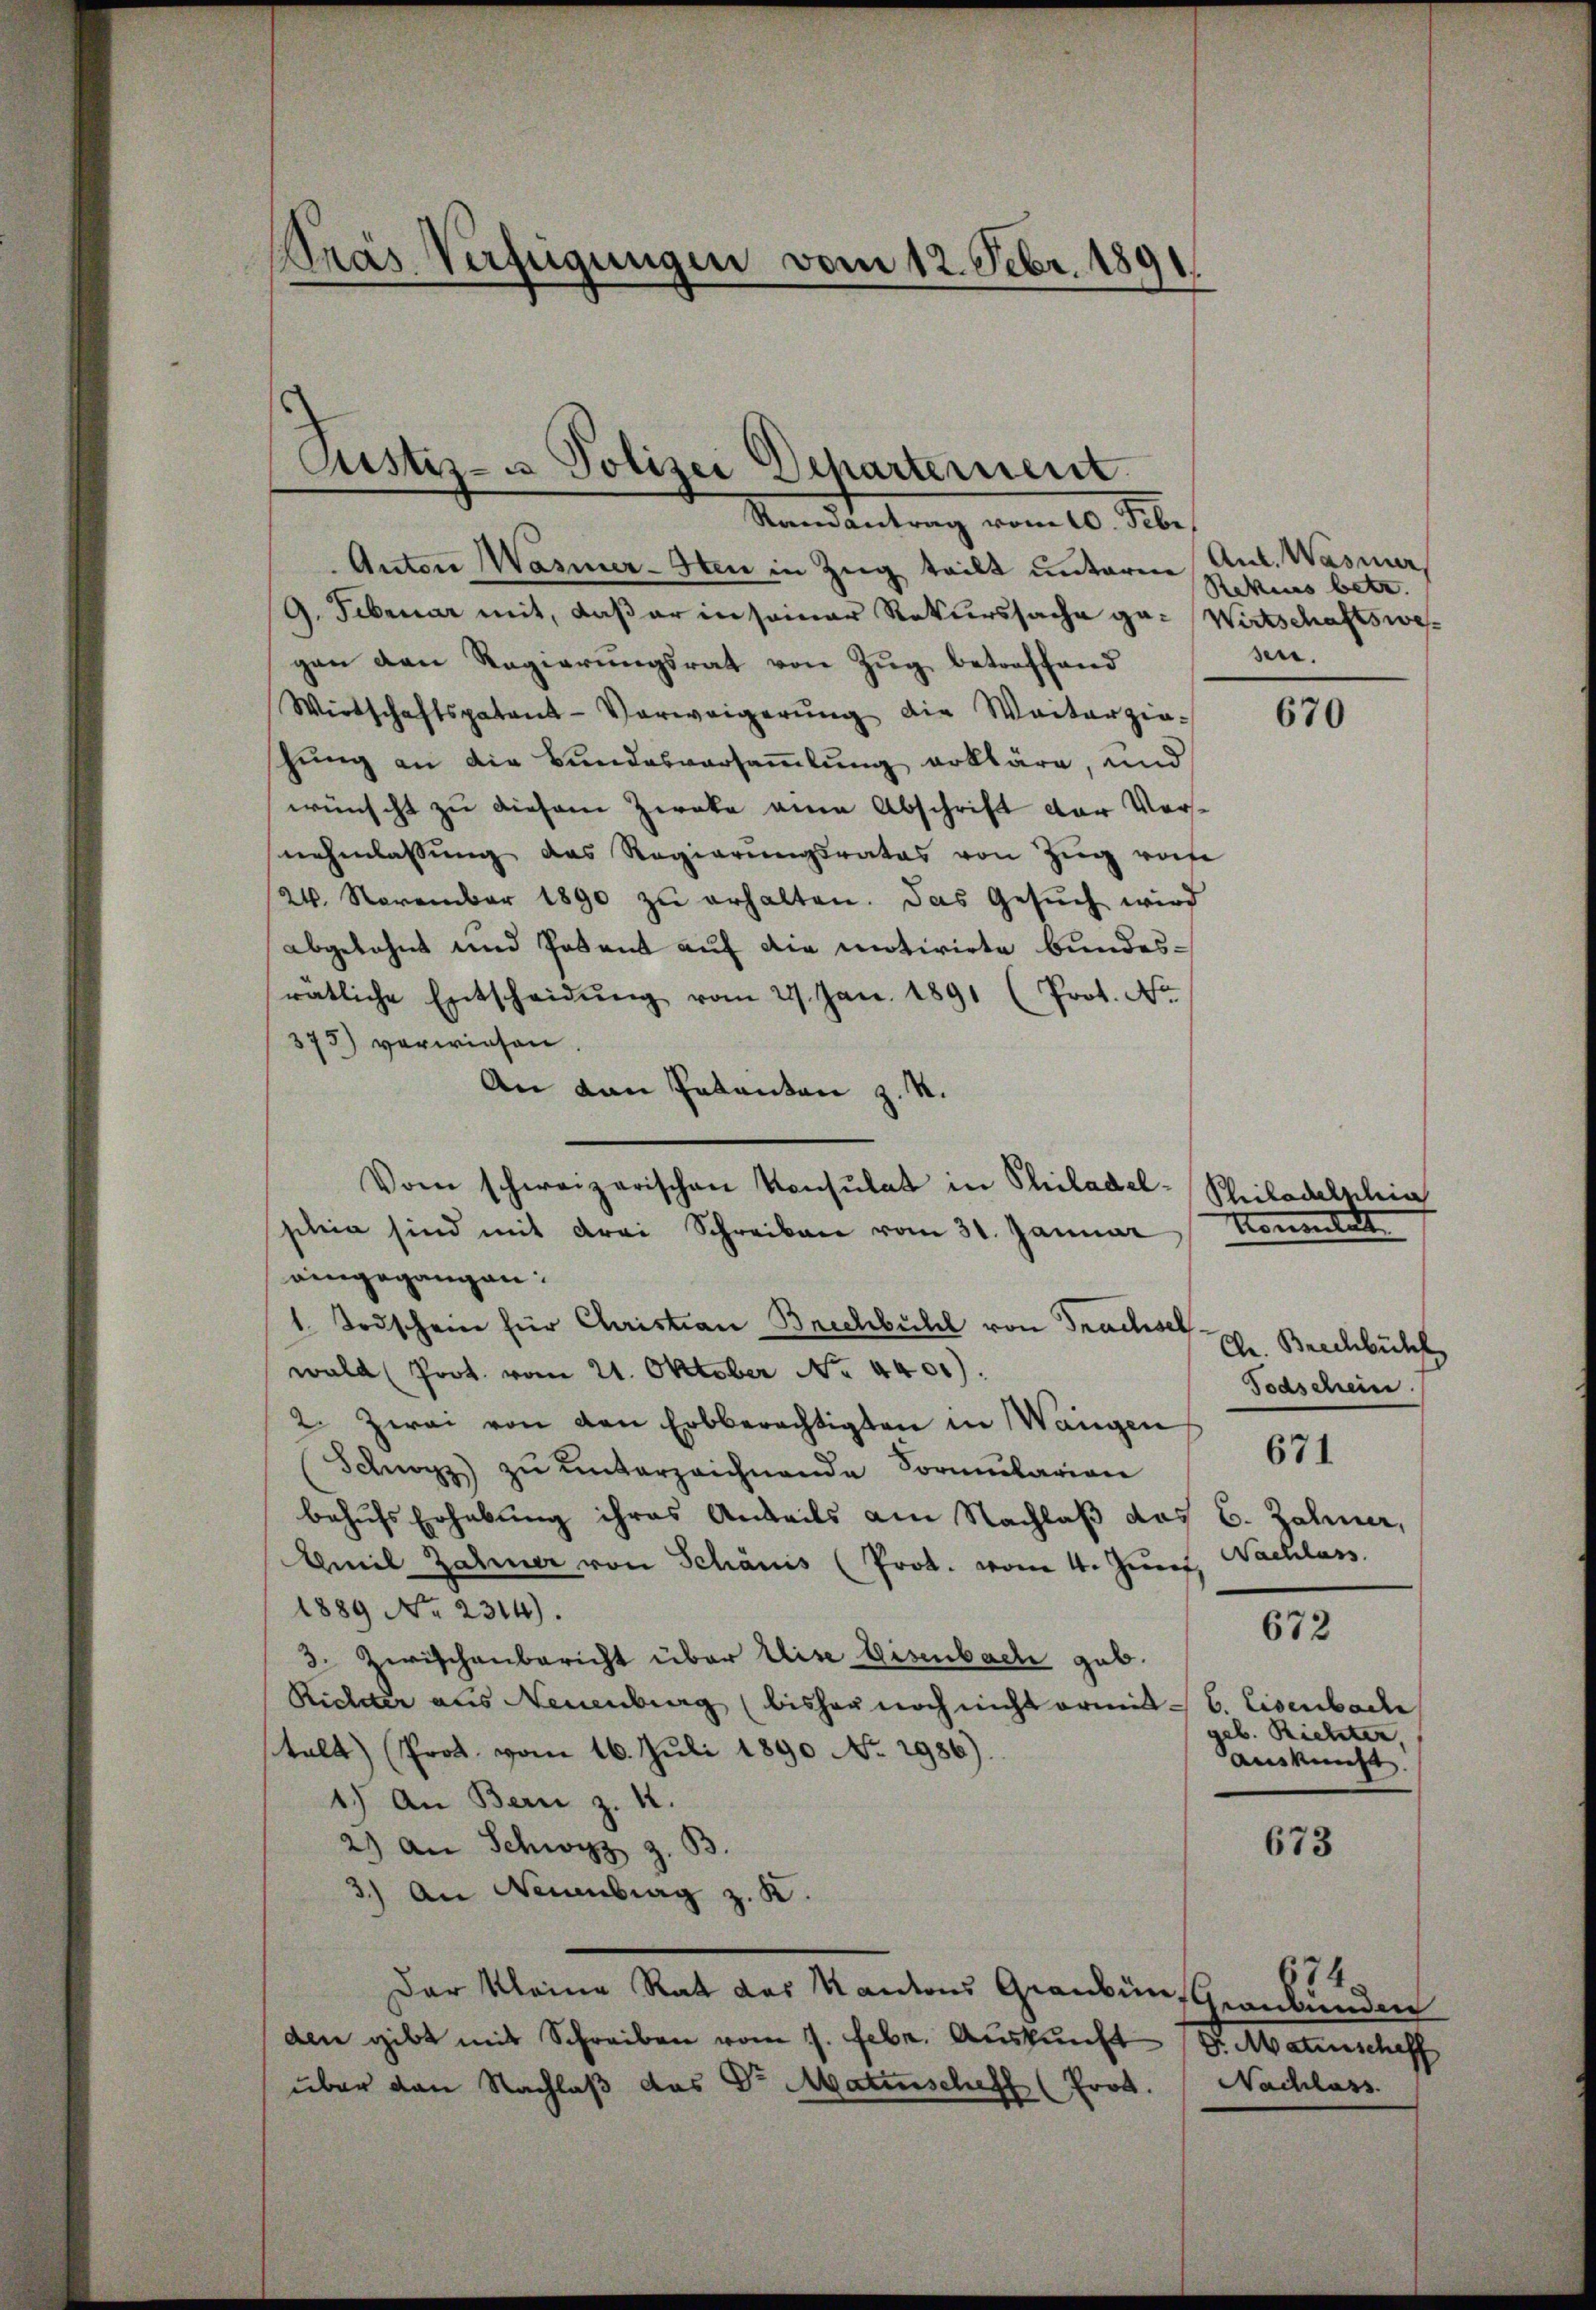
Pras Verfügungen vom 12. Febr. 1891

Custiz- u Polizei Departernent
Mandentrag vom 10. Se

Anton Wasner-Iten in Zug teilt unterm Ant. Wasner,
9. Februar mit, daß er in seiner Rekurssache ge-Wirtschaftswegan den Regierŭngsrat von Zŭg betreffend
Wirtschaftspatons-Verweigerŭng die Weiterzio-
schung an die Bundesversammlung erkläre, und
wünscht zu diesem Zweke eine Abschrift der Vorsechenlassung des Regierungsrates von Zŭg vom
24. November 1890 zŭ erhalten. Das Gesŭch wird
abgelehnt und Posent auf die motivirte bundesratliche Entscheidŭng vom 22. Jan. 1891 (Prot. No
375) verwiesen.
An den Patenten z. R.
Vom schweizerischen Konsulat in Philadelschein sind mit drei Schreiben vom 31. Januar
eingegangen:
1. Todschein für Christian Brechbühl von Trachsel
wald (Prot. vom 21. Oktober No. 4401).
2. Zwei von den Erbberechtigten in Wangen
Schwarz zu unterzeichnende Formularian
behufs Erhebung ihres Anteils am Nachlaß des C. Zahner,
Emil Zähner von Schanis (Prok. vom 4. Juret, Nachlass
1889 No 2314).
3. Zwischenbericht über Elise Eisenbach geb.
Richter aus Neuenburg (bisher noch nicht ermit 6. Eisenbache
stalt) (Prot. vom 16. Juli 1890 No 2986).
1.) An Bern z. 12.
2) an Schwyz z. B.
3.) An Neuenbrag z. K.
Der kleine Rat des Kantons Graubünschrankenden
den gibt mit Schreiben vom 7. Febr. Auskunft Dr. Materschaff
über den Nachlaß das Dr Matenscheff (Prot.

Rekurs betr.
sen.

670

Philadelphia
Komentest

Chr. Brechbüchl
Todschein
672
b. Richter,
auskunft.

671

673

674.
Nachlass